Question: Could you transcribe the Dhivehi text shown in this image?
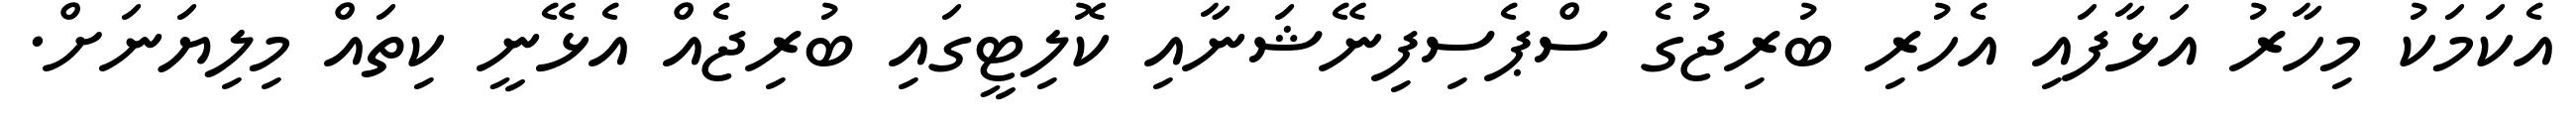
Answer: އެކަމަކު މިހާރު އަޅާފައި އެހުރި ބުރިޖުގެ ސްޕެސިފިނޭޝަނާއި ކޮލިޓީގައި ބުރިޖެއް އެޅޭނީ ކިތައް މިލިޔަނަށް.